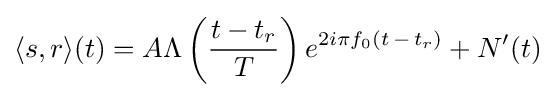
\langle s,r\rangle (t)=A\Lambda \left({\frac {t-t_{r}}{T}}\right)e^{2i\pi f_{0}(t\,-\,t_{r})}+N'(t)